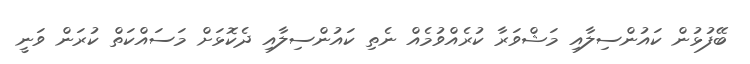
ބޭފުޅުން ކައުންސިލާއި މަޝްވަރާ ކުރެއްވުމެއް ނެތި ކައުންސިލާއި ދެކޮޅަށް މަސައްކަތް ކުރަން ވަނީ